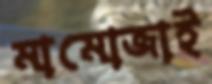
মামোজাই